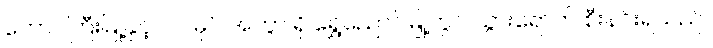
တောင်ကြီးမြို့နှင့် ၁၂ မိုင် အကွာ ရှိ ရွှေညောင်မြို့တွင် သွားရောက် စီးနင်းရသည်။